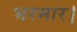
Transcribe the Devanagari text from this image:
भरमार।